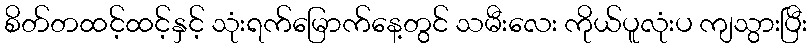
စိတ်တထင့်ထင့်နှင့် သုံးရက်မြောက်နေ့တွင် သမီးလေး ကိုယ်ပူလုံးပ ကျသွားပြီး